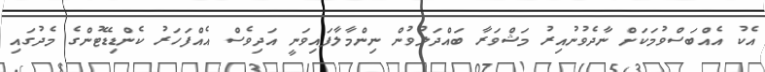
އެކު އެއްބަސްވުމަކަށް ނާދެވުނުއިރު މަޝްވަރާ ބައްދަލުވުން ނިންމާލާފައިވަނީ އަދިވެސް އެއްފަހަރު ކެންޑިޑޭޓުންގެ މެދުގައި